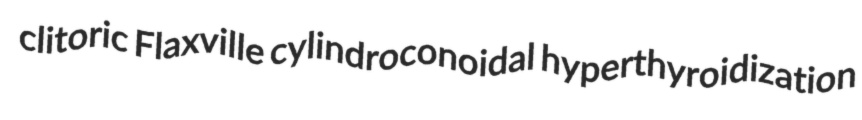
clitoric Flaxville cylindroconoidal hyperthyroidization